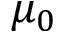
\mu _ { 0 }